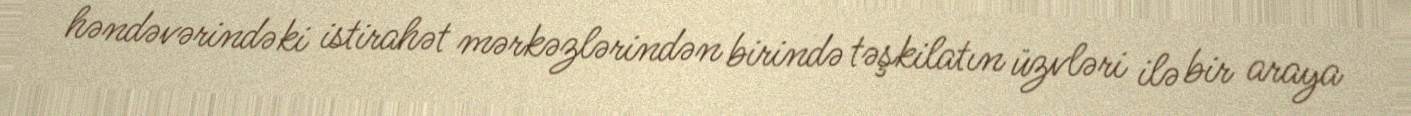
həndəvərindəki istirahət mərkəzlərindən birində təşkilatın üzvləri ilə bir araya